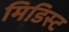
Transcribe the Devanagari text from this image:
मिडिस्ट